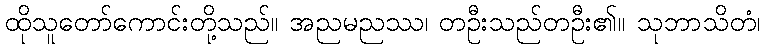
ထိုသူတော်ကောင်းတို့သည်။ အညမညဿ၊ တဦးသည်တဦး၏။ သုဘာသိတံ၊